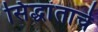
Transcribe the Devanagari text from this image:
सिंद्धांताचे